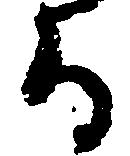
る